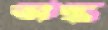
অন্ধ